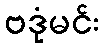
ဗဒုံမင်း